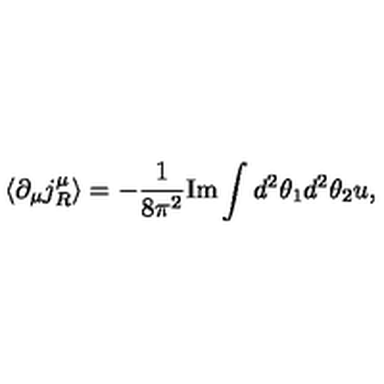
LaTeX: \langle \partial _ { \mu } j _ { R } ^ { \mu } \rangle = - \frac { 1 } { 8 \pi ^ { 2 } } \mathrm { I m } \int d ^ { 2 } \theta _ { 1 } d ^ { 2 } \theta _ { 2 } u ,